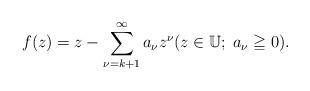
LaTeX: \begin{align*} f(z) = z - \sum_{\nu=k+1}^{\infty} a_{\nu} z^{\nu}(z\in \mathbb{U};\; a_{\nu} \geqq 0).\end{align*}